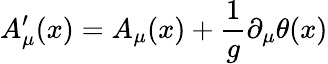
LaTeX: A_{\mu}^{\prime}(x)=A_{\mu}(x)+{\frac{1}{g}}\partial_{\mu}\theta(x)